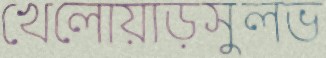
খেলোয়াড়সুলভ